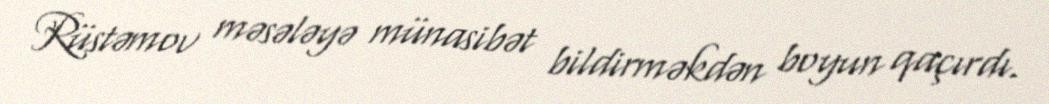
Rüstəmov məsələyə münasibət bildirməkdən boyun qaçırdı.